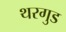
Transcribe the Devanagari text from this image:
थरगुड